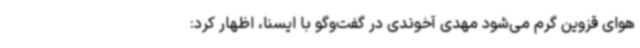
هوای قزوین گرم‌ می‌شود مهدی آخوندی در گفت‌وگو با ایسنا، اظهار کرد: